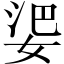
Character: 𱙘